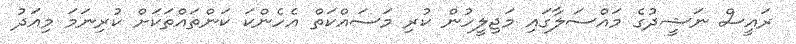
ރައީސް ނަޝީދުގެ މައްސަލާގައި މަޖިލީހުން ކުރި މަސައްކަތް އެހެންކަ ކަންތައްތަކަށް ކުރިނަމަ މިއަދު